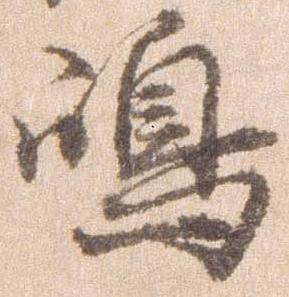
島